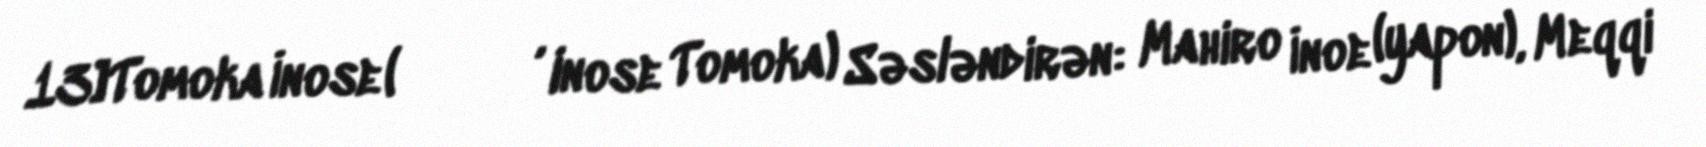
13]Tomoka İnose (猪瀬 知香, Inose Tomoka) Səsləndirən: Mahiro İnoe (yapon), Meqqi